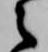
之